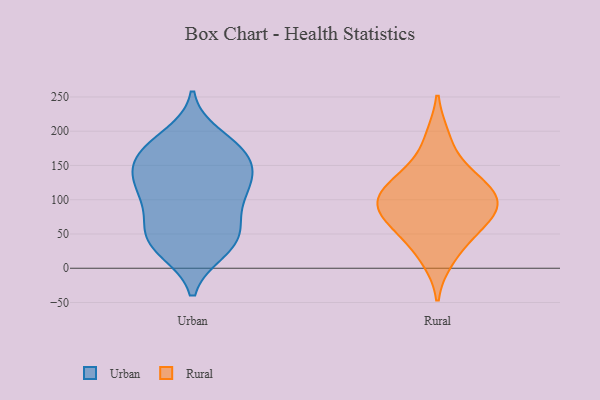
{"axis": {"x": "Page Views", "y": "Value"}, "legend": ["Rural", "Urban"], "data": [{"x": "", "y": 26, "type": "Urban"}, {"x": "", "y": 159, "type": "Urban"}, {"x": "", "y": 174, "type": "Urban"}, {"x": "", "y": 112, "type": "Urban"}, {"x": "", "y": 171, "type": "Urban"}, {"x": "", "y": 136, "type": "Urban"}, {"x": "", "y": 29, "type": "Urban"}, {"x": "", "y": 123, "type": "Urban"}, {"x": "", "y": 107, "type": "Urban"}, {"x": "", "y": 59, "type": "Urban"}, {"x": "", "y": 192, "type": "Urban"}, {"x": "", "y": 35, "type": "Urban"}, {"x": "", "y": 149, "type": "Urban"}, {"x": "", "y": 47, "type": "Urban"}, {"x": "", "y": 172, "type": "Urban"}, {"x": "", "y": 60, "type": "Urban"}, {"x": "", "y": 86, "type": "Urban"}, {"x": "", "y": 123, "type": "Urban"}, {"x": "", "y": 190, "type": "Rural"}, {"x": "", "y": 114, "type": "Rural"}, {"x": "", "y": 15, "type": "Rural"}, {"x": "", "y": 136, "type": "Rural"}, {"x": "", "y": 131, "type": "Rural"}, {"x": "", "y": 87, "type": "Rural"}, {"x": "", "y": 88, "type": "Rural"}, {"x": "", "y": 95, "type": "Rural"}, {"x": "", "y": 93, "type": "Rural"}, {"x": "", "y": 52, "type": "Rural"}, {"x": "", "y": 55, "type": "Rural"}]}